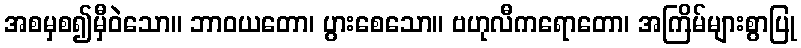
အစမှစ၍မှီဝဲသော။ ဘာဝယတော၊ ပွားစေသော။ ဗဟုလီကရောတော၊ အကြိမ်များစွာပြု